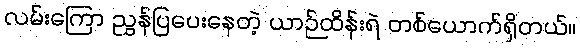
လမ်းကြော ညွှန်ပြပေးနေတဲ့ ယာဉ်ထိန်းရဲ တစ်ယောက်ရှိတယ်။